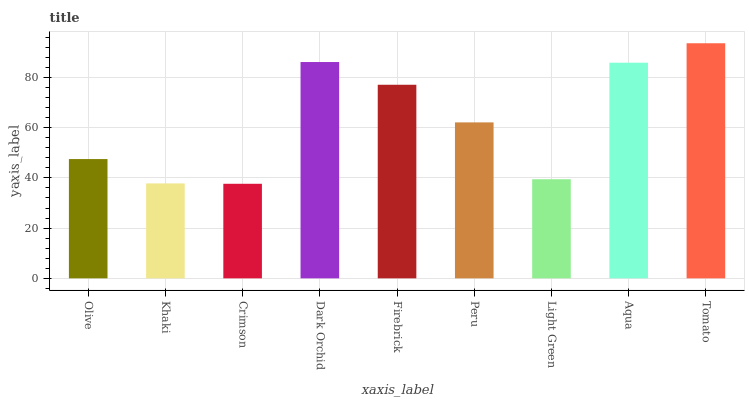
| xaxis_label | bars |
 | --- | --- |
 | Olive | 47.5 |
 | Khaki | 37.8 |
 | Crimson | 37.7 |
 | Dark Orchid | 86.1 |
 | Firebrick | 77.1 |
 | Peru | 62.1 |
 | Light Green | 39.5 |
 | Aqua | 85.9 |
 | Tomato | 93.6 |